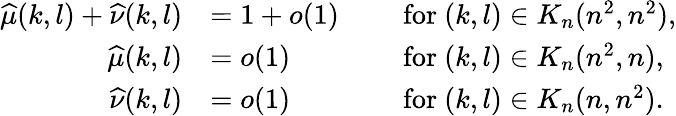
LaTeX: \begin{array}{rl}{\widehat{\mu}(k,l)+\widehat{\nu}(k,l)}&{=1+o(1)\; \qquad\mathrm{for~}(k,l)\in K_{n}(n^{2},n^{2}),}\\ {\widehat{\mu}(k,l)}&{=o(1)\qquad\qquad\mathrm{for~}(k,l)\in K_{n}(n^{2},n),}\\ {\widehat{\nu}(k,l)}&{=o(1)\qquad\qquad\mathrm{for~}(k,l)\in K_{n}(n,n^{2}).}\end{array}